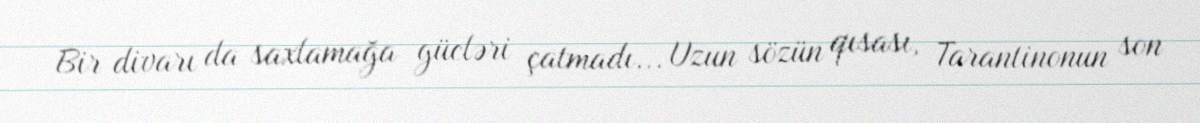
Bir divarı da saxlamağa gücləri çatmadı... Uzun sözün qısası, Tarantinonun son